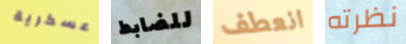
عسكرية للضابط انعطف نظرته